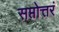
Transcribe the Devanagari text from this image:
सप्तोत्तरं